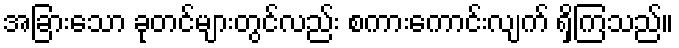
အခြားသော ခုတင်များတွင်လည်း စကားကောင်းလျက် ရှိကြသည်။